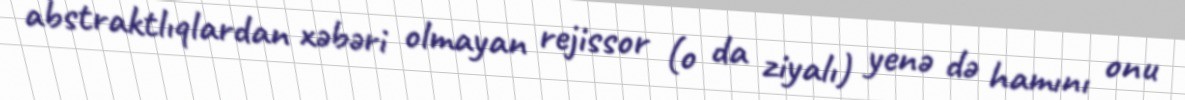
abstraktlıqlardan xəbəri olmayan rejissor (o da ziyalı) yenə də hamını onu